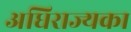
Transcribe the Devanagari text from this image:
अधिराज्यका